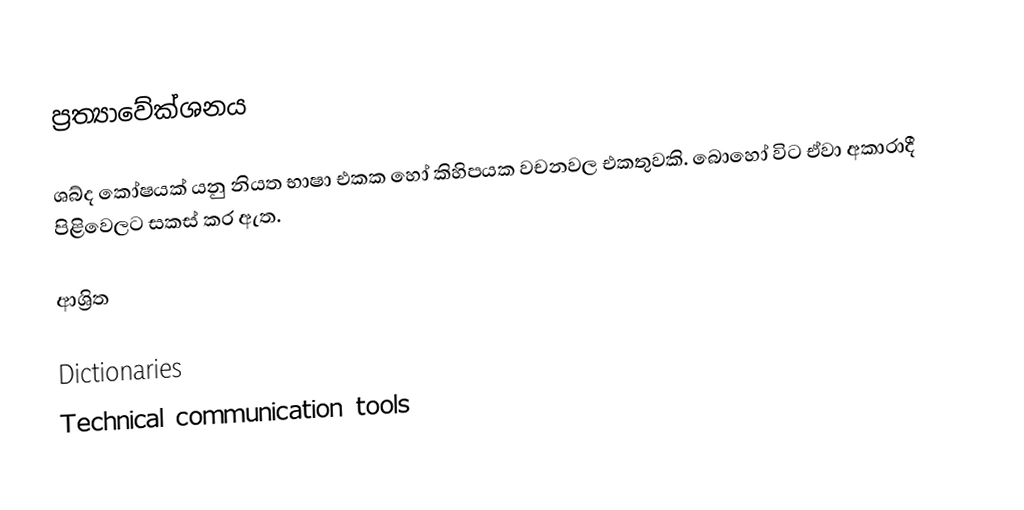
ප්‍රත්‍යාවේක්ශනය

ශබ්ද කෝෂයක් යනු නියත භාෂා එකක හෝ කිහිපයක වචනවල එකතුවකි. බොහෝ විට ඒවා අකාරාදී පිළිවෙලට සකස් කර ඇත.

ආශ්‍රිත

Dictionaries
Technical communication tools